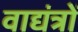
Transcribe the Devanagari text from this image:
वाद्यंत्रों